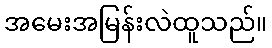
အမေးအမြန်းလဲထူသည်။